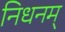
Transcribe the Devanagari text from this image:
निधनम्